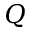
Q